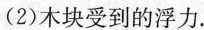
(2)木块受到的浮力。